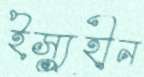
ইস্যুহীন